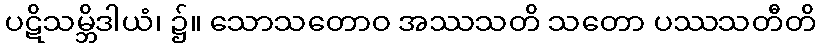
ပဋိသမ္ဘိဒါယံ၊ ၌။ သောသတောဝ အဿသတိ သတော ပဿသတီတိ